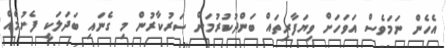
އެހެން ނަމަވެސް އަވަހަށް ވިޔަފާރިތައް ބަންދުކުރުމަށް ސަރުކާރުން މި ގެނައި ބަދަލަކީ ފެށުމެއް